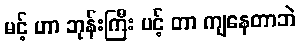
မင့် ဟာ ဘုန်းကြီး ပင့် တာ ကျနေတာဘဲ